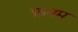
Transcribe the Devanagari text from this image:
फ़नम